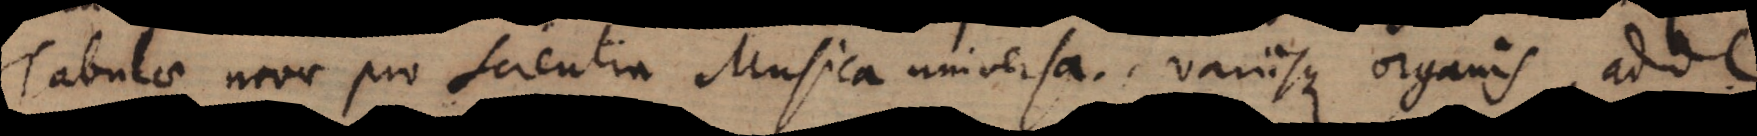
Tabulae novae pro scientia Musica universa, variisque organis. Ad